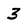
Character: 3